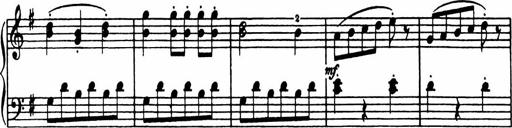
Title: Analytical Sonatinas
Composer: Frank Lynes